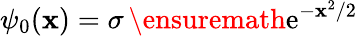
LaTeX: \psi_{0}(\mathbf{x})=\sigma\, \ensuremath{{\mathrm{{e}}}}^{-\mathbf{x}^{2}/2}